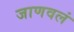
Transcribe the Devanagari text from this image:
जाणवलं